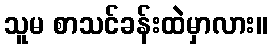
သူမ စာသင်ခန်းထဲမှာလား။